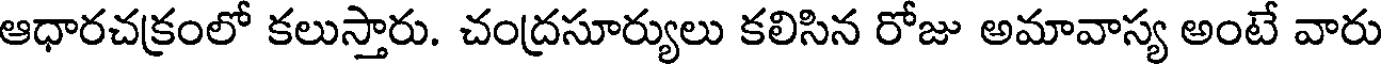
ఆధారచక్రంలో కలుస్తారు. చంద్రసూర్యులు కలిసిన రోజు అమావాస్య అంటే వారు